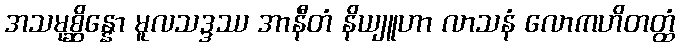
အသမုစ္ဆိန္နော မူလသဒ္ဒဿ အာနီတံ နိယျူဟာ လာသနံ လောကဟိတတ္ထံ